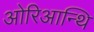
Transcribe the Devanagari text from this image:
ओरिआन्थि